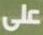
على